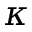
\kappa